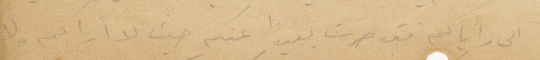
الى رأياكم فقد صرت بعيدًا عنكم حيث لا اراكم ولا